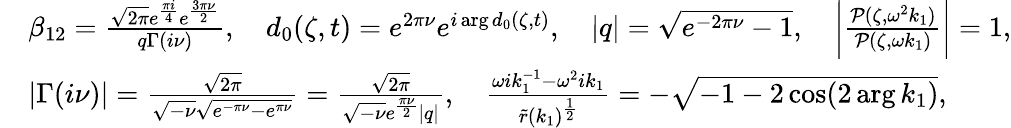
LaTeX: \begin{array}{rl}&{\beta_{12}=\frac{\sqrt{2\pi}e^{\frac{\pi i}{4}}e^{\frac{3\pi\nu}{2}}}{q\Gamma(i\nu)},\quad d_{0}(\zeta,t)=e^{2\pi\nu}e^{i\arg d_{0}(\zeta,t)},\quad|q|=\sqrt{e^{-2\pi\nu}-1},\quad\bigg|\frac{\mathcal{P}(\zeta,\omega^{2}k_{1})}{\mathcal{P}(\zeta,\omega k_{1})}\bigg|=1,}\\ &{|\Gamma(i\nu)|=\frac{\sqrt{2\pi}}{\sqrt{-\nu}\sqrt{e^{-\pi\nu}-e^{\pi\nu}}}=\frac{\sqrt{2\pi}}{\sqrt{-\nu}e^{\frac{\pi\nu}{2}}|q|},\quad\frac{\omega ik_{1}^{-1}-\omega^{2}ik_{1}}{\tilde{r}(k_{1})^{\frac{1}{2}}}=-\sqrt{-1-2\cos(2\arg k_{1})},}\end{array}